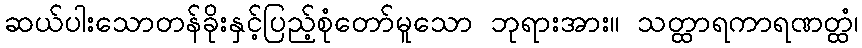
ဆယ်ပါးသောတန်ခိုးနှင့်ပြည့်စုံတော်မူသော ဘုရားအား။ သတ္ထာရကာရဏတ္ထံ၊